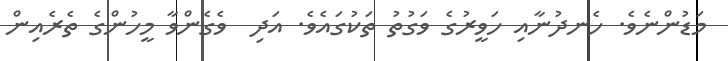
މަޑުންނެވެ. ހެނދުނާއި ހަވީރުގެ ވަގުތު ތަކުގައެވެ. އަދި  ވެގެންވާ މީހުންގެ ތެރެއިން